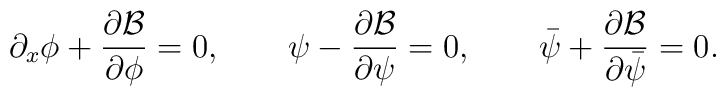
\partial_x \phi + \frac{\partial {\cal B}}{\partial \phi} = 0, \qquad\psi - \frac{\partial {\cal B}}{\partial \psi} = 0, \qquad \bar{\psi}+ \frac{\partial {\cal B}}{\partial \bar{\psi}}=0.